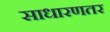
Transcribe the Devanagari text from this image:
साधारणतर